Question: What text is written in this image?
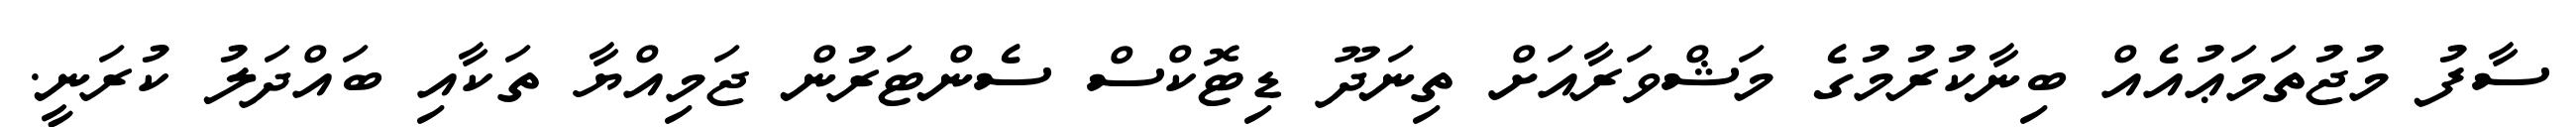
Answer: ސާފު މުޖުތަމަޢުއެއް ބިނާކުރުމުގެ މަޝްވަރާއަށް ތިނަދޫ ޑިޓޮކްސް ސެންޓަރުން ޖަމިއްޔާ ތަކާއި ބައްދަލު ކުރަނީ.